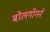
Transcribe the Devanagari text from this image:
बोलगोगने